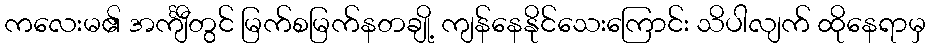
ကလေးမ၏ အင်္ကျီတွင် မြက်စမြက်နတချို့ ကျန်နေနိုင်သေးကြောင်း သိပါလျက် ထိုနေရာမှ